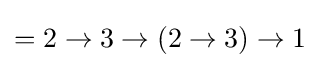
=2\to 3\to (2\to 3)\to 1